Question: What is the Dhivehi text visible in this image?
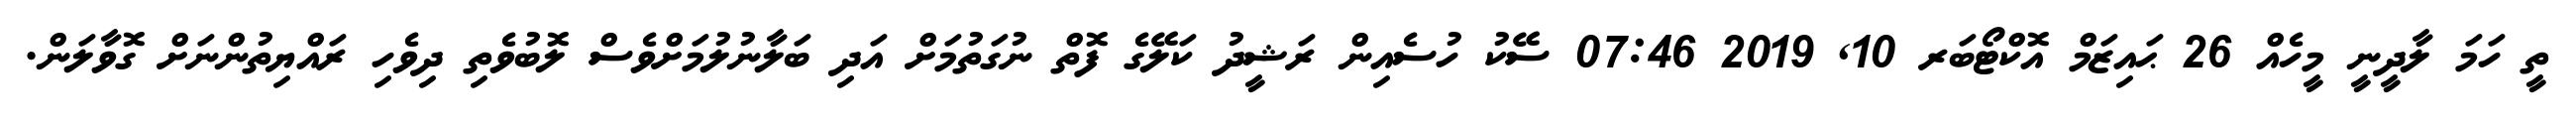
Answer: ތީ ހަމަ ލާދީނީ މީހެއް 26 ޙައިޒަމް އޮކްޓޯބަރ 10, 2019 07:46 ސޭކު ހުސެއިން ރަޝީދު ކަލޭގެ ފޮތް ނުގަތުމަށް އަދި ބަލާނުލުމަށްވެސް ލޮބުވެތި ދިވެހި ރައްޔިތުންނަށް ގޮވާލަން.